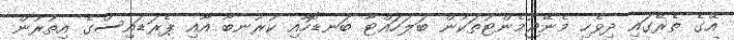
އޭގެ ތެރޭގައި ދިވެހި މެނޭޖުމެންޓުތަކުން ބަލަހައްޓާ ބަނޑޮހާއި ކުރުނބާ އާއި ޕެރަޑައިސްގެ އިތުރުން